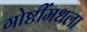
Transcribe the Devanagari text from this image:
गोष्टींमधला